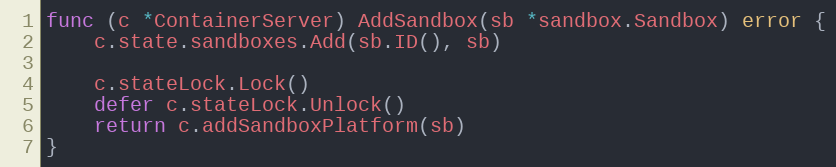
Language: Go
func (c *ContainerServer) AddSandbox(sb *sandbox.Sandbox) error {
	c.state.sandboxes.Add(sb.ID(), sb)

	c.stateLock.Lock()
	defer c.stateLock.Unlock()
	return c.addSandboxPlatform(sb)
}